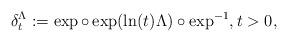
LaTeX: \begin{align*}\delta_{t}^{\Lambda} := \exp \circ \exp( \ln(t) \Lambda) \circ \exp^{-1}, t > 0,\end{align*}